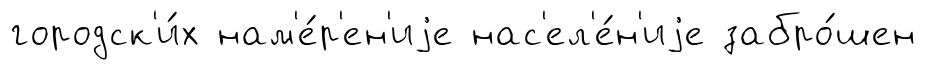
городск'и́х нам'е́р'ен'иjе нас'ел'е́н'иjе забро́шен